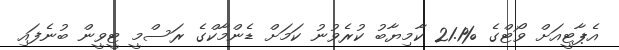
އެޕާޓީއަށް ވޯޓްގެ %21.1 ކާމިޔާބު ކުރެވުނު ކަމަށް ޑެންމާކްގެ ރަސްމީ ޓީވީން ބުނެފައި